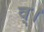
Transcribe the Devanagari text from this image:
व्।